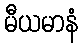
မီယမာနံ